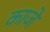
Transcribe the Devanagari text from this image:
काजे